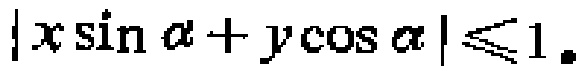
\(|x\sin \alpha + y\cos \alpha|\leqslant 1\)